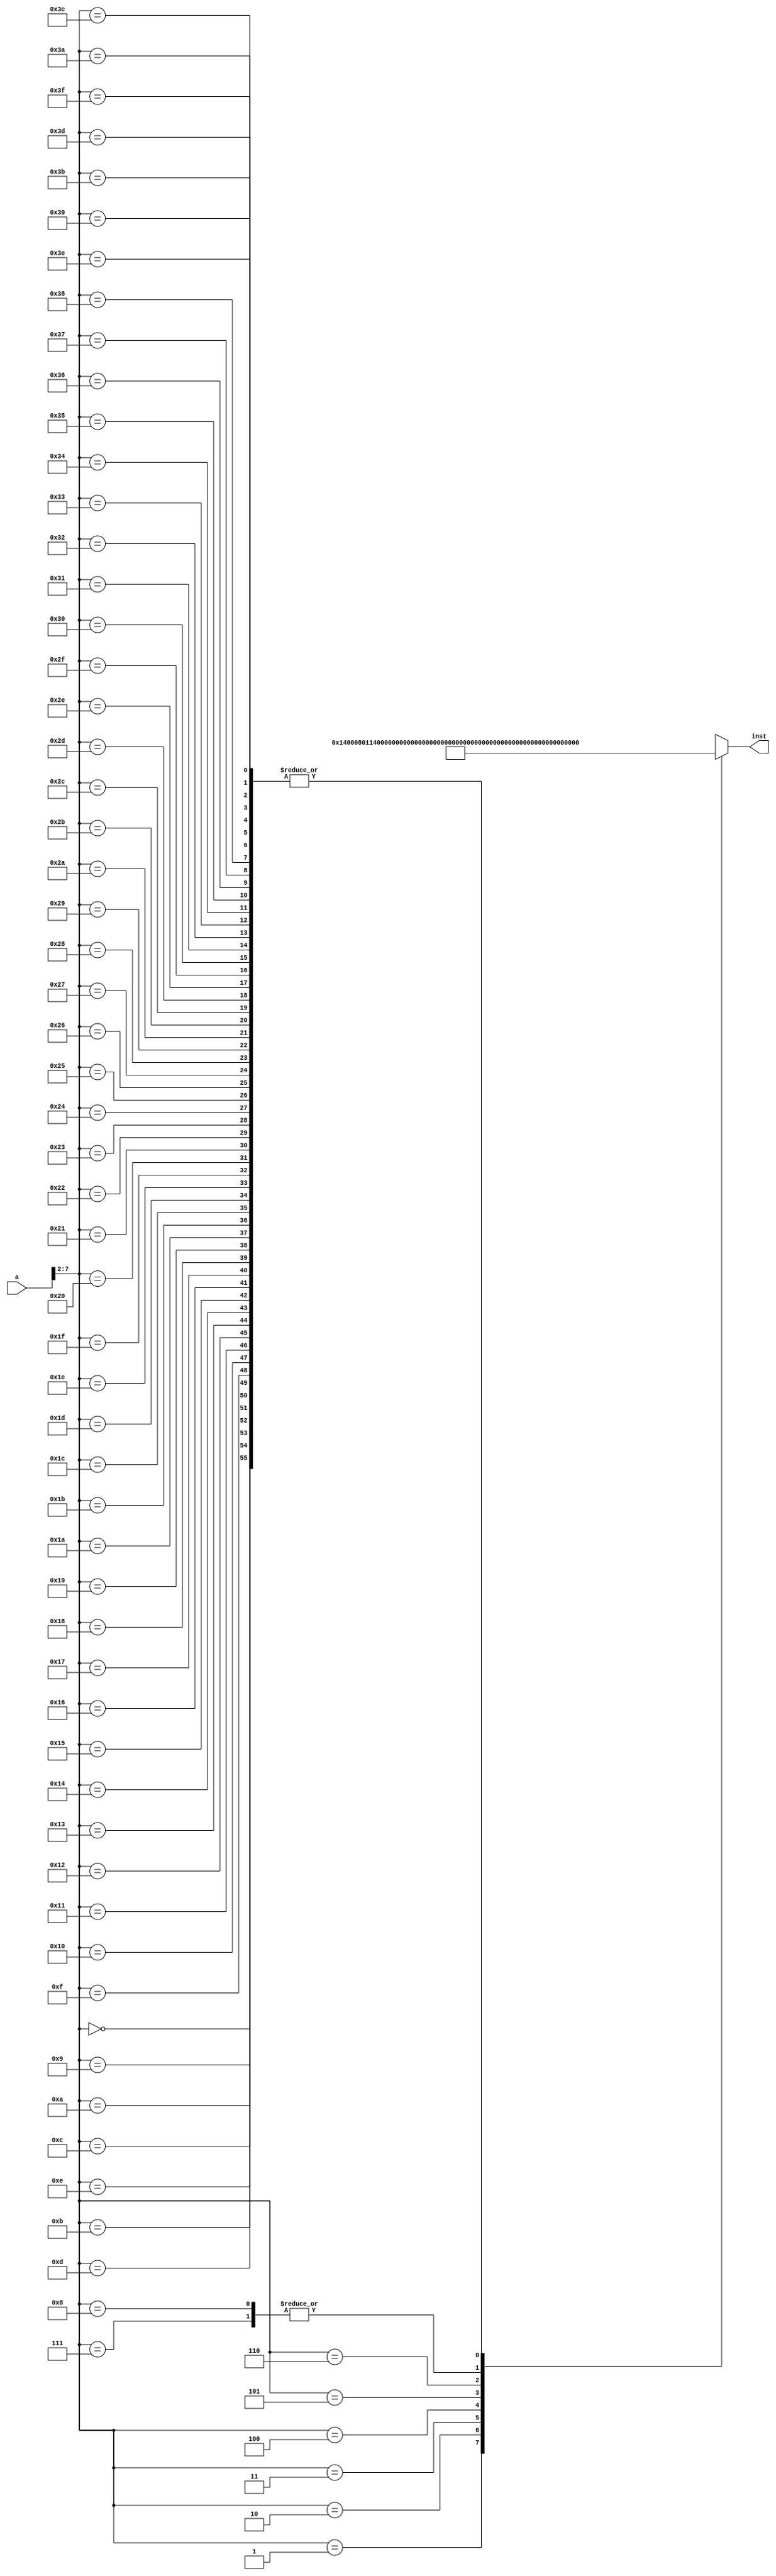
`timescale 1ns / 1ps
//////////////////////////////////////////////////////////////////////////////////
// Company: 
// Engineer: 
// 
// Design Name: 
// Module Name:    Inst_ROM 
// Project Name: 
// Target Devices: 
// Tool versions: 
// Description: 
//
// Dependencies: 
//
// Revision: 
// Revision 0.01 - File Created
// Additional Comments: 
//
//////////////////////////////////////////////////////////////////////////////////
module Inst_ROM3(a,inst
	);
	input [31:0] a;
	output [31:0] inst;
	wire [31:0] rom [0:63];
	
	assign rom[6'h00]=32'h00000000;
	assign rom[6'h01]=32'h14000801;//addi r1, r0, 2
	assign rom[6'h02]=32'h14000022;//addi r2, r1, 0
	assign rom[6'h03]=32'h00100c41;//add r3, r2, r1
	assign rom[6'h04]=32'h3c000422;//beq r1, r2, 6
	assign rom[6'h05]=32'h00101003;//add r4,r0,r3
	assign rom[6'h06]=32'h00100c80;//add r3,r4,r0
	assign rom[6'h07]=32'h04100443;//and r1,r2,r3
	assign rom[6'h08]=32'h04100443;//and r1,r2,r3
	assign rom[6'h09]=32'h00000000;
	assign rom[6'h0A]=32'h00000000;
	assign rom[6'h0B]=32'h00000000;
	assign rom[6'h0C]=32'h00000000;
	assign rom[6'h0D]=32'h00000000;
	assign rom[6'h0E]=32'h00000000;
	assign rom[6'h0F]=32'h00000000;
	assign rom[6'h10]=32'h00000000;
	assign rom[6'h11]=32'h00000000;
	assign rom[6'h12]=32'h00000000;
	assign rom[6'h13]=32'h00000000;
	assign rom[6'h14]=32'h00000000;
	assign rom[6'h15]=32'h00000000;
	assign rom[6'h16]=32'h00000000;
	assign rom[6'h17]=32'h00000000;
	assign rom[6'h18]=32'h00000000;
	assign rom[6'h19]=32'h00000000;
	assign rom[6'h1A]=32'h00000000;
	assign rom[6'h1B]=32'h00000000;
	assign rom[6'h1C]=32'h00000000;
	assign rom[6'h1D]=32'h00000000;
	assign rom[6'h1E]=32'h00000000;
	assign rom[6'h1F]=32'h00000000;
	assign rom[6'h20]=32'h00000000;
	assign rom[6'h21]=32'h00000000;
	assign rom[6'h22]=32'h00000000;
	
	assign rom[6'h23]=32'h00000000;
	assign rom[6'h24]=32'h00000000;
	assign rom[6'h25]=32'h00000000;
	assign rom[6'h26]=32'h00000000;
	assign rom[6'h27]=32'h00000000;
	assign rom[6'h28]=32'h00000000;
	assign rom[6'h29]=32'h00000000;
	assign rom[6'h2A]=32'h00000000;
	assign rom[6'h2B]=32'h00000000;
	assign rom[6'h2C]=32'h00000000;
	assign rom[6'h2D]=32'h00000000;
	assign rom[6'h2E]=32'h00000000;
	assign rom[6'h2F]=32'h00000000;
	assign rom[6'h30]=32'h00000000;
	assign rom[6'h31]=32'h00000000;
	assign rom[6'h32]=32'h00000000;
	assign rom[6'h33]=32'h00000000;
	assign rom[6'h34]=32'h00000000;
	assign rom[6'h35]=32'h00000000;
	assign rom[6'h36]=32'h00000000;
	assign rom[6'h37]=32'h00000000;
	assign rom[6'h38]=32'h00000000;
	assign rom[6'h39]=32'h00000000;
	assign rom[6'h3A]=32'h00000000;
	assign rom[6'h3B]=32'h00000000;
	assign rom[6'h3C]=32'h00000000;
	assign rom[6'h3D]=32'h00000000;
	assign rom[6'h3E]=32'h00000000;
	assign rom[6'h3F]=32'h00000000;
	
	assign inst=rom[a[7:2]];
endmodule